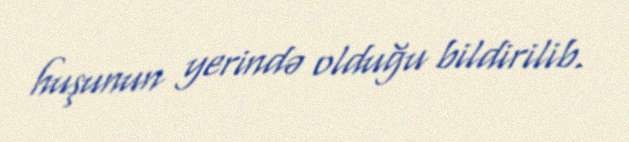
huşunun yerində olduğu bildirilib.